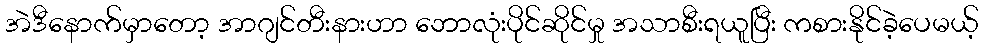
အဲဒီနောက်မှာတော့ အာဂျင်တီးနားဟာ ဘောလုံးပိုင်ဆိုင်မှု အသာစီးရယူပြီး ကစားနိုင်ခဲ့ပေမယ့်